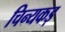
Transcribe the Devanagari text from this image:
चिन्यकड़